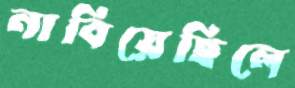
নাবিয়েছিলে